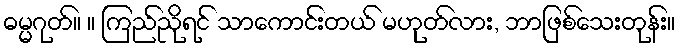
ဓမ္မဂုတ်။ ။ ကြည်ညိုရင် သာကောင်းတယ် မဟုတ်လား, ဘာဖြစ်သေးတုန်း။